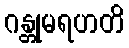
ဂန္တုမရဟတိ